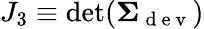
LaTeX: J_{3}\equiv\mathrm{det}(\mathbf{\Sigma}_{\mathrm{~d~e~v~}})